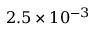
2 . 5 \times 1 0 ^ { - 3 }